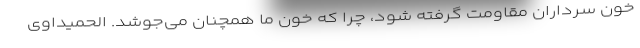
خون سرداران مقاومت گرفته شود، چرا که خون ما همچنان می‌جوشد. الحمیداوی